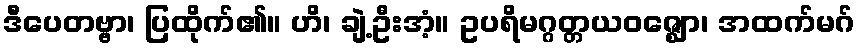
ဒီပေတဗ္ဗာ၊ ပြထိုက်၏။ ဟိ၊ ချဲ့ဦးအံ့။ ဥပရိမဂ္ဂတ္တယဝဇ္ဈော၊ အထက်မဂ်